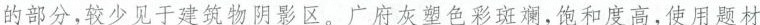
的部分，较少见于建筑物阴影区，广府灰望色彩斑斓，饱和度高，使用题材